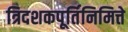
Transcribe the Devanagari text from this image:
त्रिदशकपूर्तिनिमित्ते